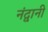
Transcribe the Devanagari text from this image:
नंद्वानी